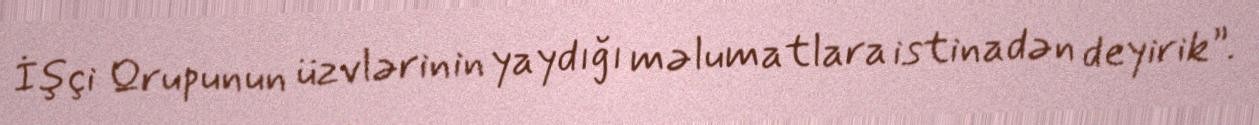
İşçi Qrupunun üzvlərinin yaydığı məlumatlara istinadən deyirik”.